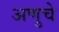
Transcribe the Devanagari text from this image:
अणुचे